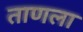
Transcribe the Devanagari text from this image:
ताणला